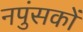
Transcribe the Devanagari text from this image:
नपुंसकों